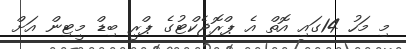
މި މަހު 14ގައި އޮތް އެ ޕްރޮޖެކްޓުގެ ޕްރީ ބިޑް މީޓިން އަށް